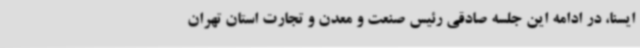
ایسنا، در ادامه این جلسه صادقی رئیس صنعت و معدن و تجارت استان تهران